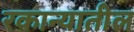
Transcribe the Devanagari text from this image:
रकान्यातील